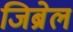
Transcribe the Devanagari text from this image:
जिब्रेल